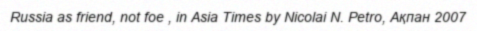
Russia as friend, not foe , in Asia Times by Nicolai N. Petro, Ақпан 2007